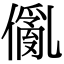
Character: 𠏢